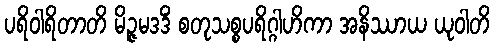
ပရိဝါရိတာတိ မိဉ္ဇမဒဒိံ စတုသစ္စပရိဂ္ဂါဟိကာ အနိဿာယ ယုဝါတိ